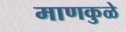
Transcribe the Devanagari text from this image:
माणकुळे